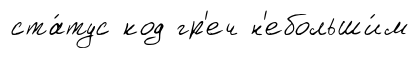
ста́тус код гр'еч н'ебольши́м